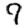
Digit: 9